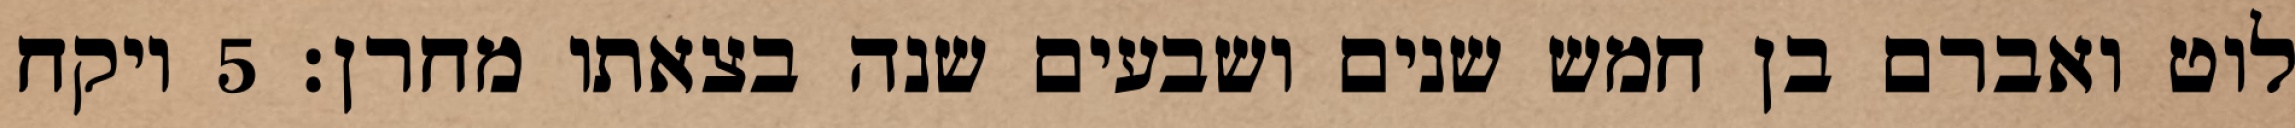
לוט ואברם בן חמש שנים ושבעים שנה בצאתו מחרן׃ ‎5‏ ויקח